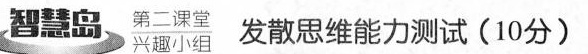
智慧岛 第二课堂 兴趣小组 发散思维能力测试(10分)